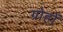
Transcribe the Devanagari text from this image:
ग्रोहों